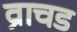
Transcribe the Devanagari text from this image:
व्राचड